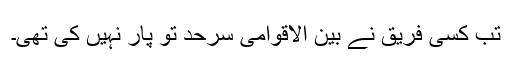
تب کسی فریق نے بین الاقوامی سرحد تو پار نہیں کی تھی۔